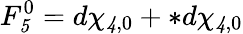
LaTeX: F_{\mathit 5}^{0}=d\chi_{{\mathit 4},0}+*d\chi_{{\mathit 4},0}